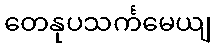
တေနုပသင်္ကမေယျ